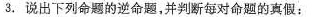
3.说出下列命题的逆命题，并判断每对命题的真假；